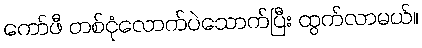
ကော်ဖီ တစ်ငုံလောက်ပဲသောက်ပြီး ထွက်လာမယ်။